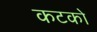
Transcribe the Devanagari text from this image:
कटको